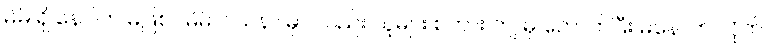
မိမိ ရှိ နေပါက မဖြစ် ၊ မိမိ ဝါသနာ မှာ လည်း သူများ စကား ကျ မှ ကောက်ပြီး မနောက် လိုက်